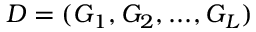
{ \cal D } = ( G _ { 1 } , G _ { 2 } , . . . , G _ { L } )